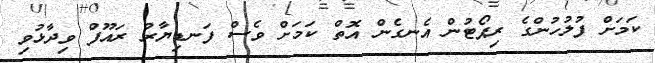
ކަމަށް ފުލުހުންގެ ރިޕޯޓުން އެނގެން އޮތް ކަމަށް ވެސް ފަނޑިޔާރު ރައޫފް ވިދާޅުވި